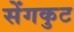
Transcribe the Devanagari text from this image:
सेंगकुट